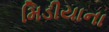
મિડીયાના